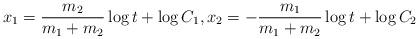
LaTeX: \begin{align*}x_1=\frac{m_2}{m_1+m_2}\log t+\log C_1,x_2=-\frac{m_1}{m_1+m_2}\log t+\log C_2\end{align*}